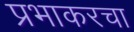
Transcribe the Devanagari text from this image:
प्रभाकरचा